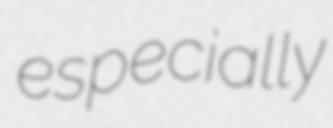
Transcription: especially